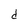
Character: d